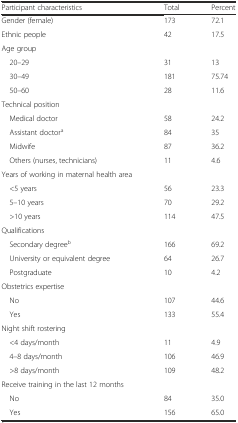
| Participant characteristics | Total | Percent |
 | --- | --- | --- |
 | Gender (female) | 173 | 72.1 |
 | Ethnic people | 42 | 17.5 |
 | Age group |  |  |
 | 20–29 | 31 | 13 |
 | 30–49 | 181 | 75.74 |
 | 50–60 | 28 | 11.6 |
 | Technical position |  |  |
 | Medical doctor | 58 | 24.2 |
 | Assistant doctora | 84 | 35 |
 | Midwife | 87 | 36.2 |
 | Others (nurses, technicians) | 11 | 4.6 |
 | Years of working in maternal health area |  |  |
 | <5 years | 56 | 23.3 |
 | 5–10 years | 70 | 29.2 |
 | >10 years | 114 | 47.5 |
 | Qualifications |  |  |
 | Secondary degreeb | 166 | 69.2 |
 | University or equivalent degree | 64 | 26.7 |
 | Postgraduate | 10 | 4.2 |
 | Obstetrics expertise |  |  |
 | No | 107 | 44.6 |
 | Yes | 133 | 55.4 |
 | Night shift rostering |  |  |
 | <4 days/month | 11 | 4.9 |
 | 4–8 days/month | 106 | 46.9 |
 | >8 days/month | 109 | 48.2 |
 | Receive training in the last 12 months |  |  |
 | No | 84 | 35.0 |
 | Yes | 156 | 65.0 |